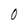
Character: 0